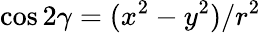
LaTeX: \cos{2\gamma}=(x^{2}-y^{2})/r^{2}